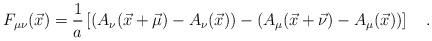
LaTeX: \begin{align*}F_{\mu \nu}(\vec{x})=\frac{1}{a}\left[(A_{\nu}(\vec{x}+\vec{\mu})-A_{\nu}(\vec{x}))-(A_{\mu}(\vec{x}+\vec{\nu})-A_{\mu}(\vec{x}))\right]\quad .\end{align*}